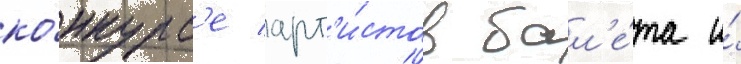
ко́нкурс'е арт'и́стов бал'е́та и́